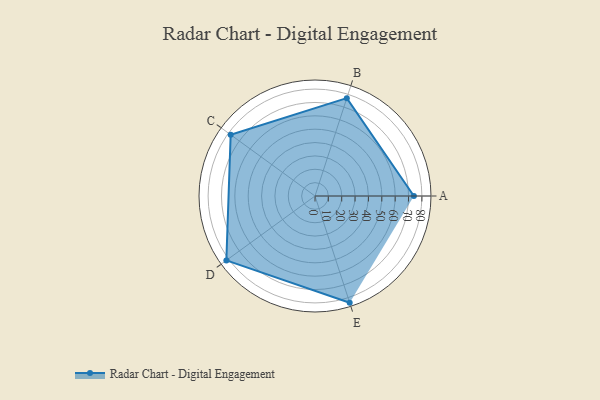
{"axis": {"x": "Skill", "y": "Score"}, "legend": ["Profile"], "data": [{"x": "A", "y": 74.0, "type": "Profile"}, {"x": "B", "y": 77.0, "type": "Profile"}, {"x": "C", "y": 78.0, "type": "Profile"}, {"x": "D", "y": 82.0, "type": "Profile"}, {"x": "E", "y": 84.0, "type": "Profile"}]}